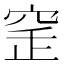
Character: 𥥲